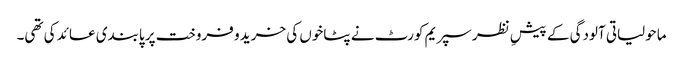
ماحولیاتی آلودگی کے پیشِ نظر سپریم کورٹ نے پٹاخوں کی خرید و فروخت پر پابندی عائد کی تھی۔